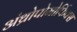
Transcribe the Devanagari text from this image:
अंथ्रोपोमोर्फिक्स